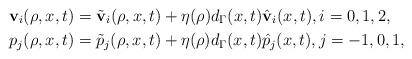
LaTeX: \begin{align*}\mathbf{v}_{i} (\rho, x, t)&=\tilde{\mathbf{v}}_{i}(\rho, x, t)+\eta(\rho) d_{\Gamma}(x, t) \hat{\mathbf{v}}_{i}(x, t),i=0,1,2,\\p_{j}(\rho, x, t)&=\tilde{p}_{j}(\rho, x, t)+\eta(\rho) d_{\Gamma}(x, t) \hat{p}_{j}(x, t), j=-1,0,1,\end{align*}